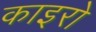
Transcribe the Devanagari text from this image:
काइरो